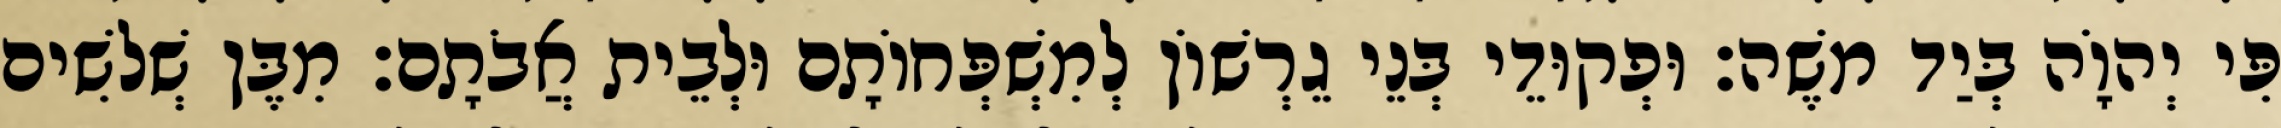
פִּי יְהוָֹה בְּיַד משֶׁה׃ וּפְקוּדֵי בְּנֵי גֵרְשׁוֹן לְמִשְׁפְּחוֹתָם וּלְבֵית אֲבֹתָם׃ מִבֶּן שְׁלשִׁים